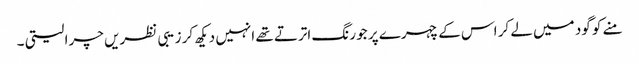
منے کو گود میں لے کر اس کے چہرے پر جو رنگ اترتے تھے انہیں دیکھ کر زیبی نظریں چرا لیتی ۔